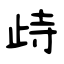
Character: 歭